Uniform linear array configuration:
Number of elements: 64
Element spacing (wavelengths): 0.5
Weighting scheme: cosine
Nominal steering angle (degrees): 0
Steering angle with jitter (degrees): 0.7871
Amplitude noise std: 0.05
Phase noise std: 0.05

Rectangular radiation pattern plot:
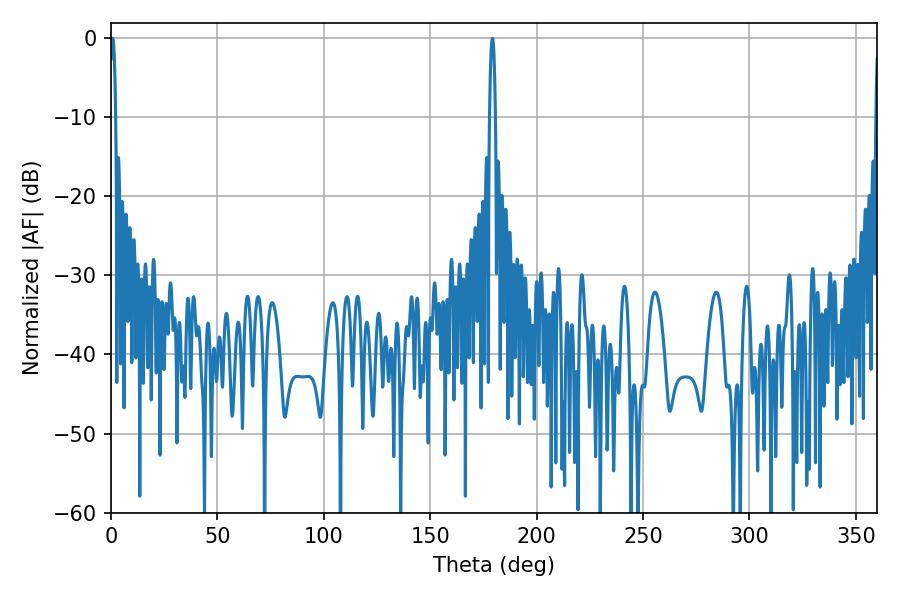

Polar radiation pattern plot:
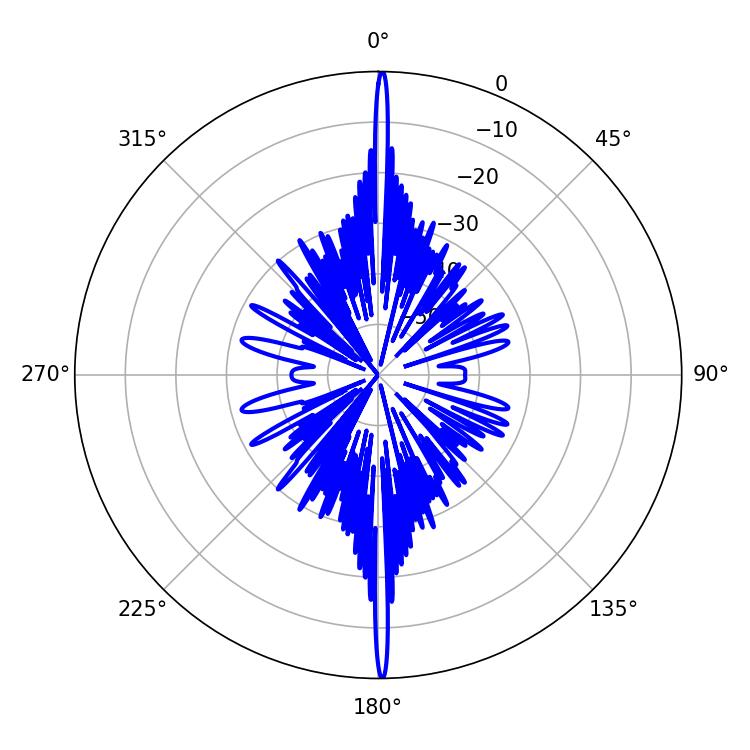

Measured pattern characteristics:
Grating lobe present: FALSE
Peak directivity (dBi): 33.685
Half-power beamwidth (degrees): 1.44
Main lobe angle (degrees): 0.72